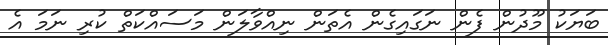
ބަޔަކު މޫދުން ފެން ނަގައިގެން އެތަން ނިއްވާލަން މަސައްކަތް ކުރި ނަމަ އެ